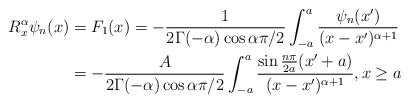
\begin{align*}R_{x}^{\alpha}\psi_{n}(x) & =F_{1}(x)=-\frac{1}{2\Gamma(-\alpha)\cos\alpha\pi/2}\int_{-a}^{a}\frac{\psi_{n}(x^{\prime})}{(x-x^{\prime})^{\alpha+1}}\\& =-\frac{A}{2\Gamma(-\alpha)\cos\alpha\pi/2}\int_{-a}^{a}\frac{\sin\frac{n\pi}{2a}(x^{\prime}+a)}{(x-x^{\prime})^{\alpha+1}},x\geq a\end{align*}